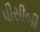
પીસીબી